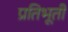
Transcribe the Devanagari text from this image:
प्रतिभूती